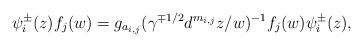
LaTeX: \begin{align*} \psi_i^{\pm}(z)f_j(w)=g_{a_{i,j}}(\gamma^{\mp 1/2}d^{m_{i,j}}z/w)^{-1}f_j(w)\psi_i^\pm(z),\end{align*}